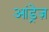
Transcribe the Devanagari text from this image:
आंड्रेज़